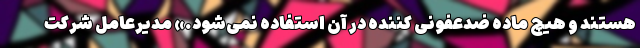
هستند و هیچ ماده ضدعفونی کننده در آن استفاده نمی‌شود.» مدیرعامل شرکت